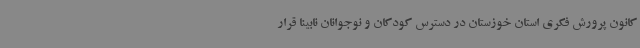
کانون پرورش فکری استان خوزستان در دسترس کودکان و نوجوانان نابینا قرار